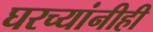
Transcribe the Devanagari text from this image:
घरच्यांनीही